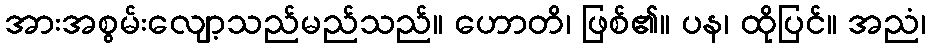
အားအစွမ်းလျော့သည်မည်သည်။ ဟောတိ၊ ဖြစ်၏။ ပန၊ ထိုပြင်။ အညံ၊